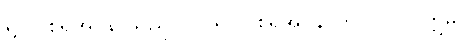
ရူပါဝစရအပ္ပနာသည်။ ဝါ၊ ရူပါဝစရအပ္ပနာကို။ {၀၇} ဣဓ၊